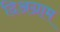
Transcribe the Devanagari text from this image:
दिअग्राम